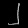
Digit: ၂